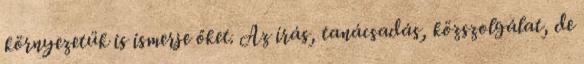
környezetük is ismerje őket. Az írás, tanácsadás, közszolgálat, de